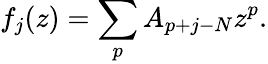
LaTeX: f_{j}(z)=\sum_{p}A_{p+j-N}z^{p}.